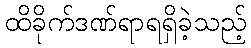
ထိခိုက်ဒဏ်ရာရရှိခဲ့သည့်